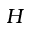
H